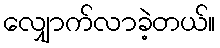
လျှောက်လာခဲ့တယ်။